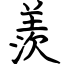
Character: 羨